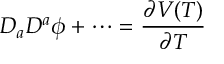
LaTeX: D _ { a } D ^ { a } \phi + \cdots = \frac { \partial V ( T ) } { \partial T }